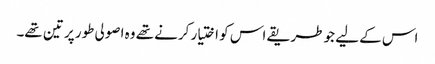
اس کے لیے جو طریقے اس کو اختیار کرنے تھے وہ اصولی طور پر تین تھے۔